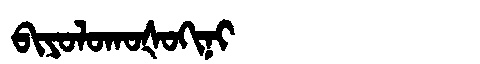
Manchu: ᠪᡳᠶᠣᠯᠣᡴᠣᡧᠣᡴᡳᠨᡳ
Romanization: BIYOLOKOŠOKINI